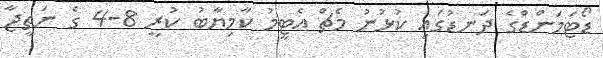
ޑޯޓަމަންޑްގެ ދަނޑުގައި ކުޅުނު މެޗް އެޓީމު ކާމިޔާބު ކުރީ 8-4 ގެ ނަތީޖާ